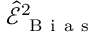
\widehat { \mathcal { E } } _ { \mathrm { ~ B ~ i ~ a ~ s ~ } } ^ { 2 }